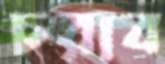
চরাব